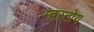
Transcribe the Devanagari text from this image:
म्हरतोय